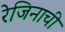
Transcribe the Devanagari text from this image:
रेजिनाची